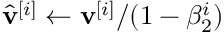
\hat { \mathbf { v } } ^ { [ i ] } \leftarrow \mathbf { v } ^ { [ i ] } / ( 1 - \beta _ { 2 } ^ { i } )